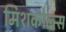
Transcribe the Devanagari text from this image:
मिशकोल्त्स